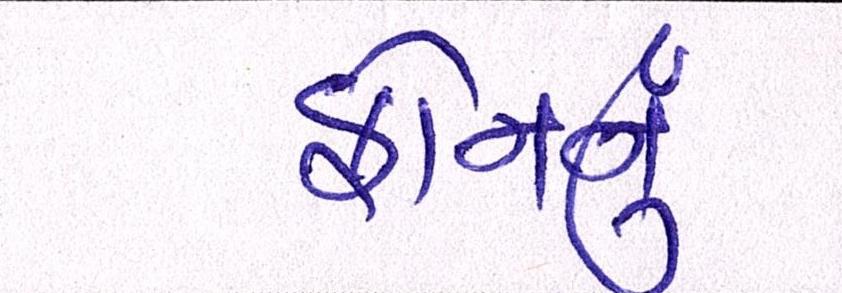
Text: ફોનનું